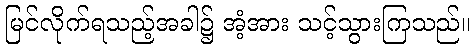
မြင်လိုက်ရသည့်အခါ၌ အံ့အား သင့်သွားကြသည်။